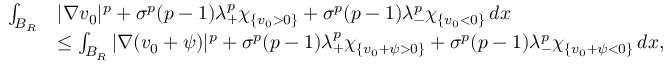
\begin{array} { r l } { \int _ { B _ { R } } } & { | \nabla v _ { 0 } | ^ { p } + \sigma ^ { p } ( p - 1 ) \lambda _ { + } ^ { p } \chi _ { \{ v _ { 0 } > 0 \} } + \sigma ^ { p } ( p - 1 ) \lambda _ { - } ^ { p } \chi _ { \{ v _ { 0 } < 0 \} } \, d x } \\ & { \leq \int _ { B _ { R } } | \nabla ( v _ { 0 } + \psi ) | ^ { p } + \sigma ^ { p } ( p - 1 ) \lambda _ { + } ^ { p } \chi _ { \{ v _ { 0 } + \psi > 0 \} } + \sigma ^ { p } ( p - 1 ) \lambda _ { - } ^ { p } \chi _ { \{ v _ { 0 } + \psi < 0 \} } \, d x , } \end{array}